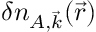
\delta n _ { A , \vec { k } } ( \vec { r } )